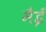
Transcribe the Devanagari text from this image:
मैई